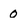
Character: 0